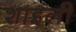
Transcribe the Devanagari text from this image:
शाइली